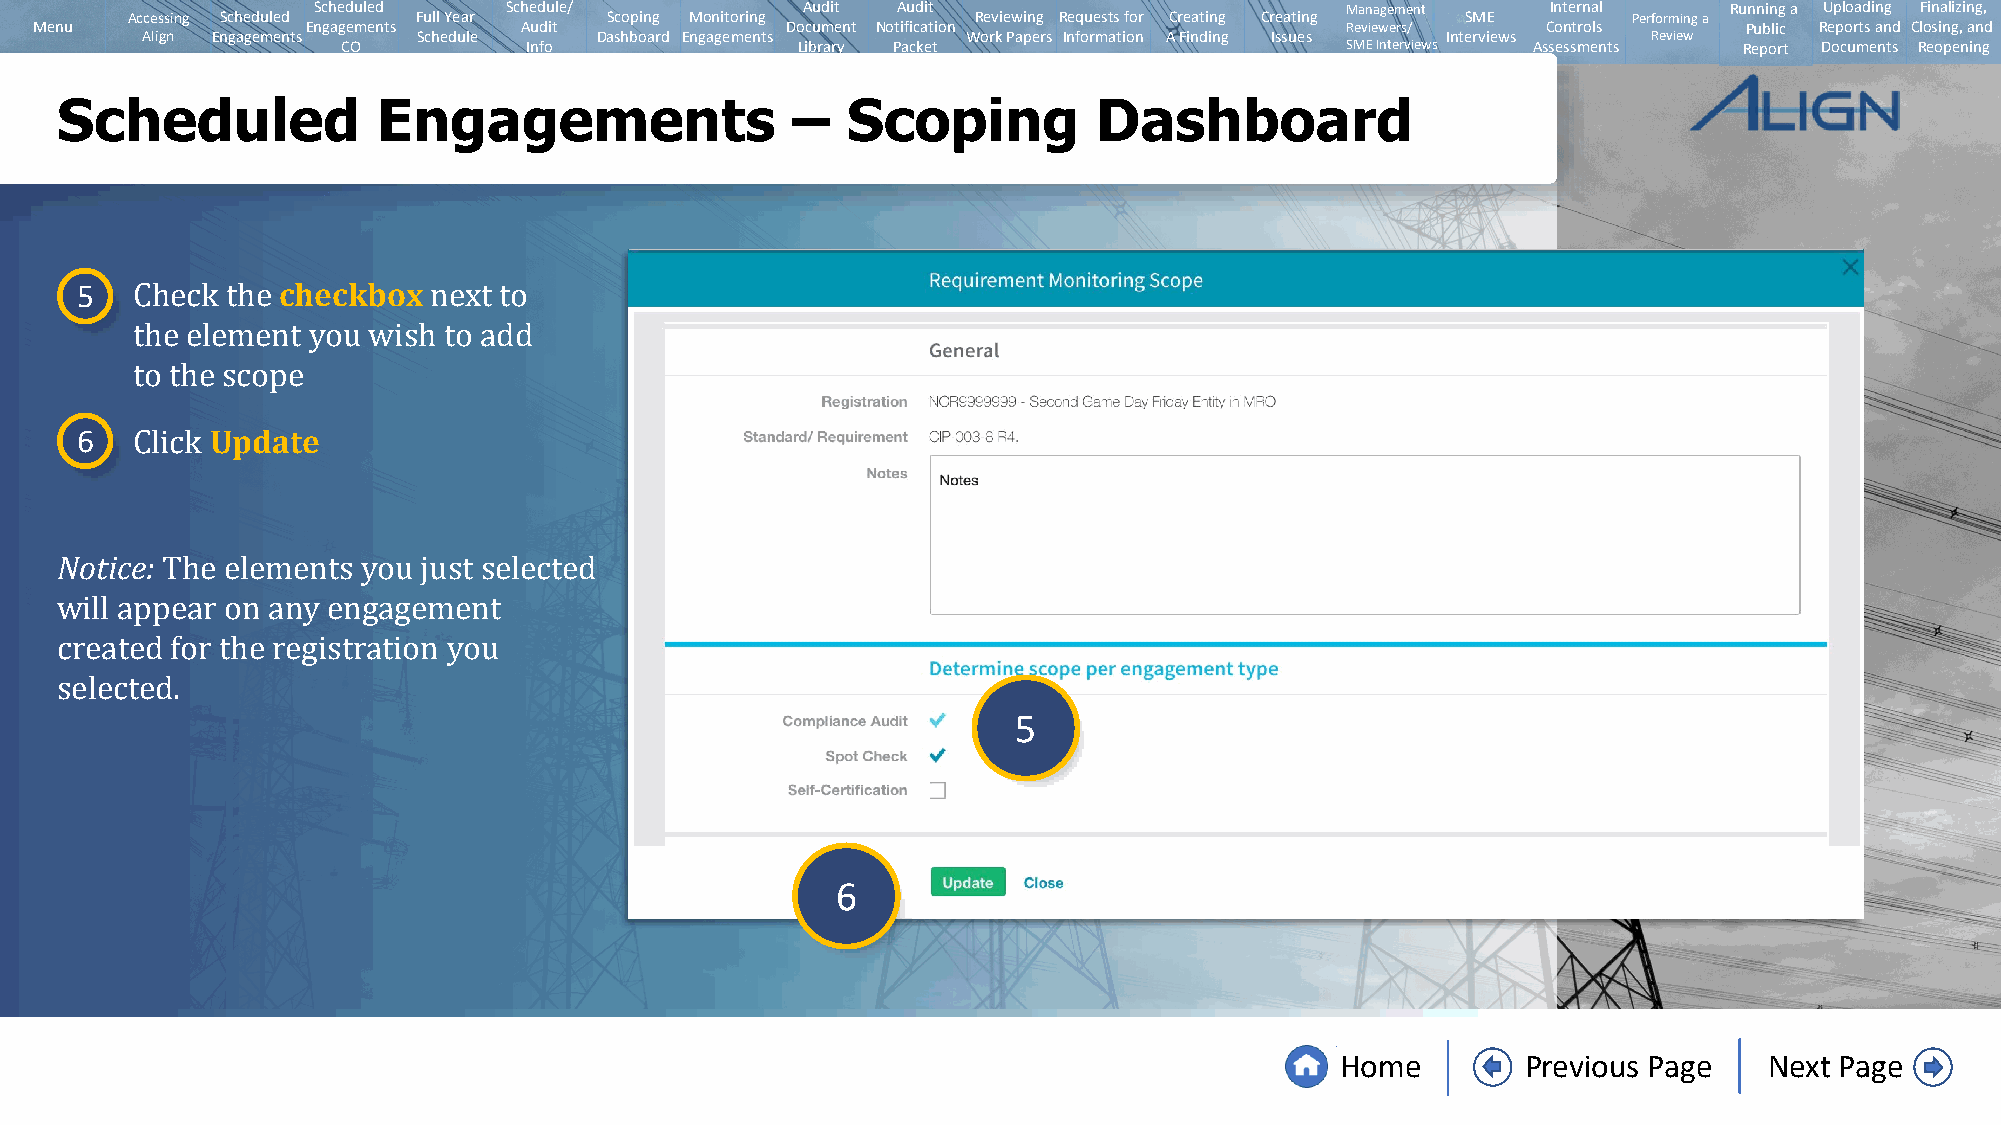
Scheduled   Schedule/           Audit Audit                         Management    Internal   Running a Uploading Finalizing,
 Accessing Scheduled Full Year   Scoping Monitoring       Reviewing Requests for Creating Creating SME Performing a
 Menu              Engagements   Audit             Document Notification                Reviewers/   Controls      Public Reports and Closing, and
 Align Engagements  Schedule   Dashboard Engagements    Work Papers Information A Finding Issues Interviews Review
 CO          Info              Library Packet                      SMEInterviews Assessments Report Documents Reopening
 Scheduled            Engagements                –   Scoping          Dashboard
 5            checkbox
 Check the          next to
 the element you wish to add
 6   to theU spcodpaete
 Click
 Notice:
 The elements you just selected
 will appear on any engagement
 created for the registration you                               5
 selected.
 6
 Home        Previous Page   Next Page